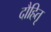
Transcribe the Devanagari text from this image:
दौहितृ